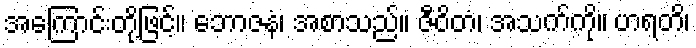
အကြောင်းတို့ဖြင့်။ ဘောဇနံ၊ အစာသည်။ ဇီဝိတံ၊ အသက်ကို။ ဟရတိ၊